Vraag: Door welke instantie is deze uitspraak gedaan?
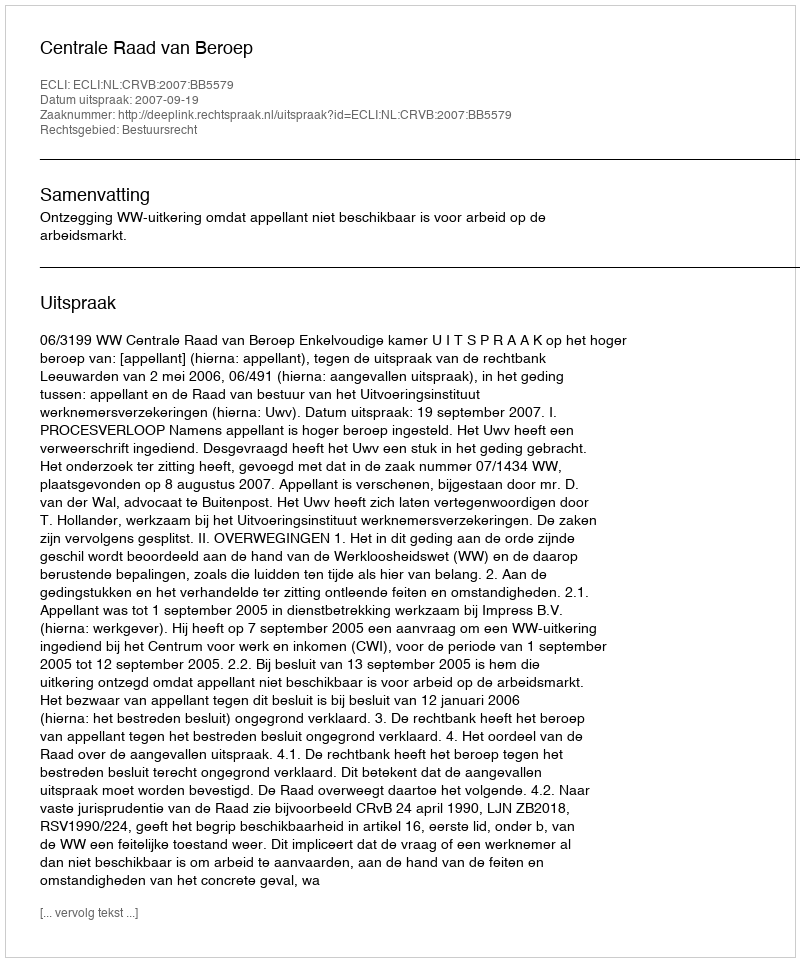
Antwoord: Centrale Raad van Beroep